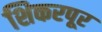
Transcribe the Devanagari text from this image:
शिकरपूर